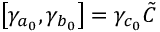
\left[ \gamma _ { a _ { 0 } } , \gamma _ { b _ { 0 } } \right] = \gamma _ { c _ { 0 } } \tilde { C }